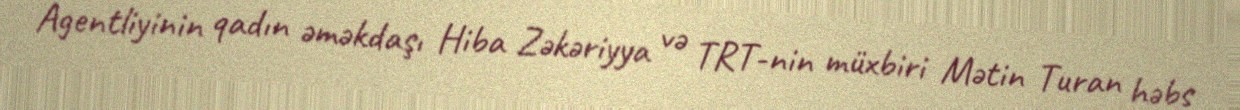
Agentliyinin qadın əməkdaşı Hiba Zəkəriyya və TRT-nin müxbiri Mətin Turan həbs